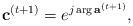
LaTeX: \begin{align*}\mathbf{c}^{(t+1)} = e^{j\arg \mathbf{a}^{(t+1)}},\end{align*}